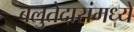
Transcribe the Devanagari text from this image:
बलुतेदारांमध्ये